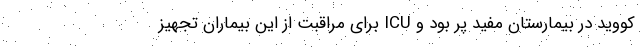
کووید در بیمارستان مفید پر بود و ICU برای مراقبت از این بیماران تجهیز